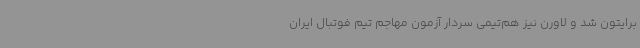
برایتون شد و لاورن نیز هم‌تیمی سردار آزمون مهاجم تیم فوتبال ایران